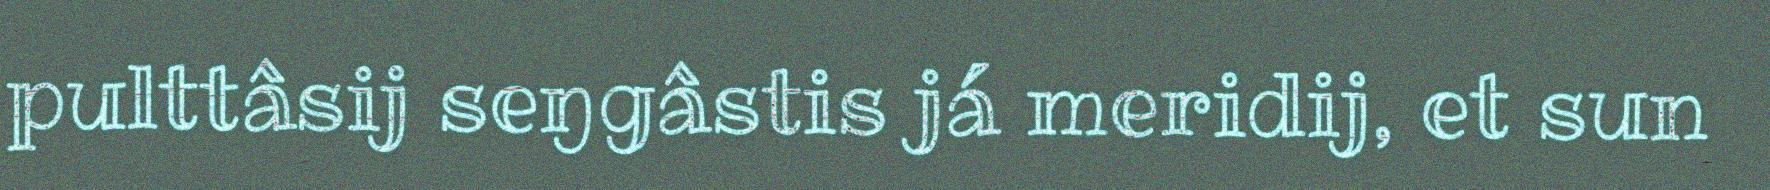
pulttâsij seŋgâstis já meridij, et sun